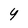
Character: Y